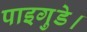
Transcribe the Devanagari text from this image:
पाइगुडे।